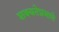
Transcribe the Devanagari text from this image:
शक्यतेप्रमाणे